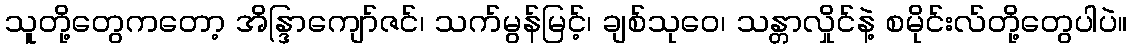
သူတို့တွေကတော့ အိန္ဒြာကျော်ဇင်၊ သက်မွန်မြင့်၊ ချစ်သုဝေ၊ သန္တာလှိုင်နဲ့ စမိုင်းလ်တို့တွေပါပဲ။